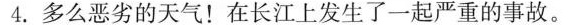
4.多么恶劣的天气！在长江上发生了一起严重的事故。